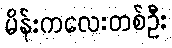
မိန်းကလေးတစ်ဦး